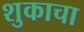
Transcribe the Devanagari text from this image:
शुकाचा